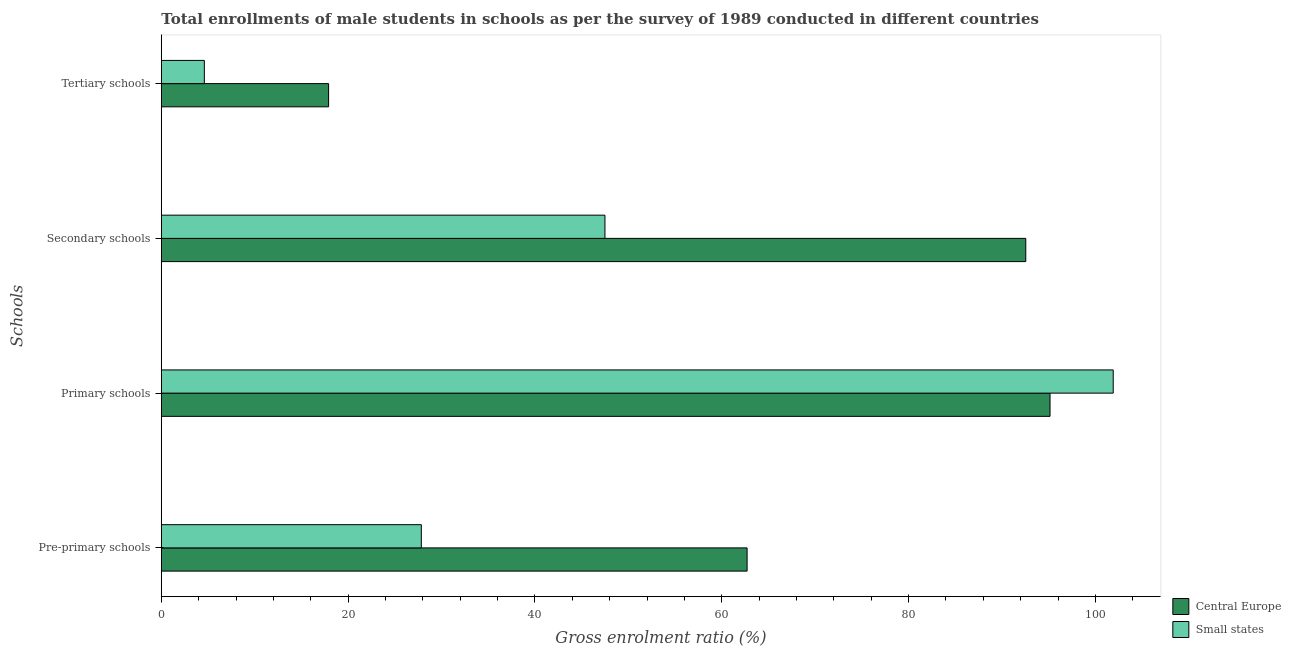
| Schools | Central Europe | Small states |
 | --- | --- | --- |
 | Pre-primary schools | 62.7 | 27.8 |
 | Primary schools | 95.1 | 102 |
 | Secondary schools | 92.5 | 47.5 |
 | Tertiary schools | 17.9 | 4.61 |